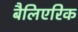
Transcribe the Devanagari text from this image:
बैलिएरिक